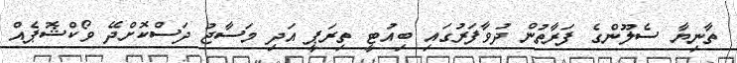
ތާނިޔާ ސެލޫންގެ ފަރާތުން ދުވާފަރުގައި ބިއުޓީ ތިރަޕީ އަދި މަސާޖު ދަސްކޮށްދޭ ވޯކްޝޮޕެއް